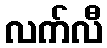
လက်လီ